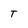
Character: T